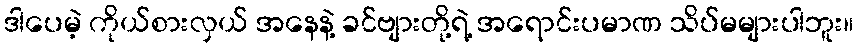
ဒါပေမဲ့ ကိုယ်စားလှယ် အနေနဲ့ ခင်ဗျားတို့ရဲ့ အရောင်းပမာဏ သိပ်မများပါဘူး။